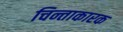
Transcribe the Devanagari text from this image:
चिन्ताकारक